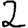
Digit: 2